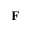
\mathbf { F }